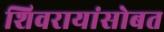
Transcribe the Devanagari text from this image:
शिवरायांसोबत